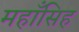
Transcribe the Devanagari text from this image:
महाँसिह